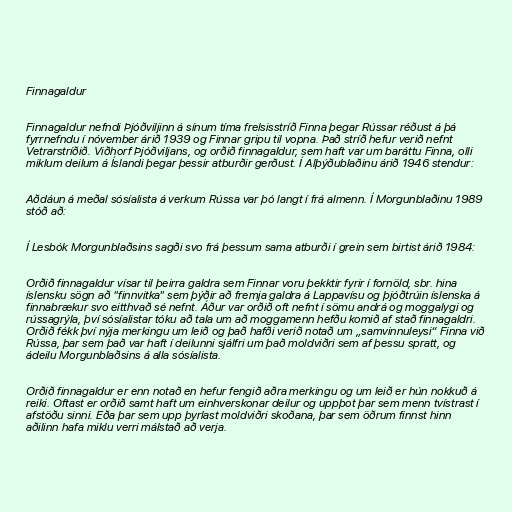
Finnagaldur

Finnagaldur nefndi Þjóðviljinn á sínum tíma frelsisstríð Finna þegar Rússar réðust á þá
fyrrnefndu í nóvember árið 1939 og Finnar gripu til vopna. Það stríð hefur verið nefnt
Vetrarstríðið. Viðhorf Þjóðviljans, og orðið finnagaldur, sem haft var um baráttu Finna, olli
miklum deilum á Íslandi þegar þessir atburðir gerðust. Í Alþýðublaðinu árið 1946 stendur:

Aðdáun á meðal sósíalista á verkum Rússa var þó langt í frá almenn. Í Morgunblaðinu 1989
stóð að:

Í Lesbók Morgunblaðsins sagði svo frá þessum sama atburði í grein sem birtist árið 1984:

Orðið finnagaldur vísar til þeirra galdra sem Finnar voru þekktir fyrir í fornöld, sbr. hina
íslensku sögn að "finnvitka" sem þýðir að fremja galdra á Lappavísu og þjóðtrúin íslenska á
finnabrækur svo eitthvað sé nefnt. Áður var orðið oft nefnt í sömu andrá og moggalygi og
rússagrýla, því sósíalistar tóku að tala um að moggamenn hefðu komið af stað finnagaldri.
Orðið fékk því nýja merkingu um leið og það hafði verið notað um „samvinnuleysi“ Finna við
Rússa, þar sem það var haft í deilunni sjálfri um það moldviðri sem af þessu spratt, og
ádeilu Morgunblaðsins á alla sósíalista.

Orðið finnagaldur er enn notað en hefur fengið aðra merkingu og um leið er hún nokkuð á
reiki. Oftast er orðið samt haft um einhverskonar deilur og uppþot þar sem menn tvístrast í
afstöðu sinni. Eða þar sem upp þyrlast moldviðri skoðana, þar sem öðrum finnst hinn
aðilinn hafa miklu verri málstað að verja.